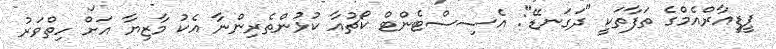
ޕީޑީއާރްއެމްގެ ތަފާތަކީ "ދަގަނޑޭ": އެސިސްޓެންޓް ކޯޗުއާ ކުޅުންތެރިންނާ އެކު މާޒިޔާ އަށް ހިތްވަރު